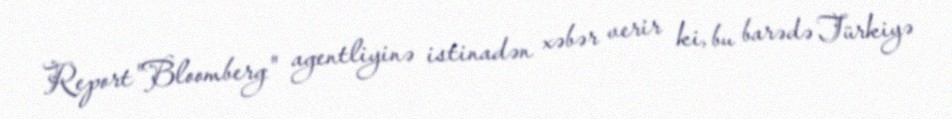
Report"Bloomberg" agentliyinə istinadən xəbər verir ki, bu barədə Türkiyə